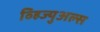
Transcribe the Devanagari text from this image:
व्हिज्युअल्स